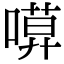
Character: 𠻶